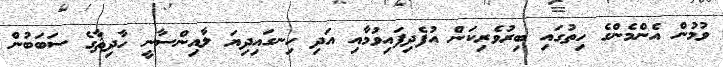
ވުމުން އެންމެންގެ ހިތުގައި ބިރުވެރިކަން އުފެދިފައިވުމާއި އަދި ހިނގައިދިޔަ ލާއިންސާނީ ހާދިޘާގެ ސަބަބުން